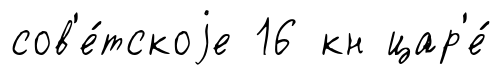
сов'е́тскоjе 16 кн цар'е́